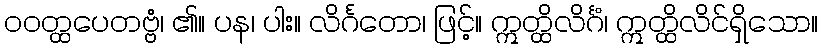
ဝဝတ္ထပေတဗ္ဗံ၊ ၏။ ပန၊ ပါး။ လိင်္ဂတော၊ ဖြင့်။ ဣတ္ထိလိင်္ဂံ၊ ဣတ္ထိလိင်ရှိသော။